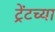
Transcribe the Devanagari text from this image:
ट्रेंटच्या